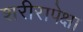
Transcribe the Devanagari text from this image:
शरीरापेक्षा